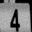
Digit: 4